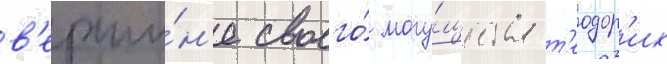
в'ерши́н'е своего́ могу́щества т'еодор'их